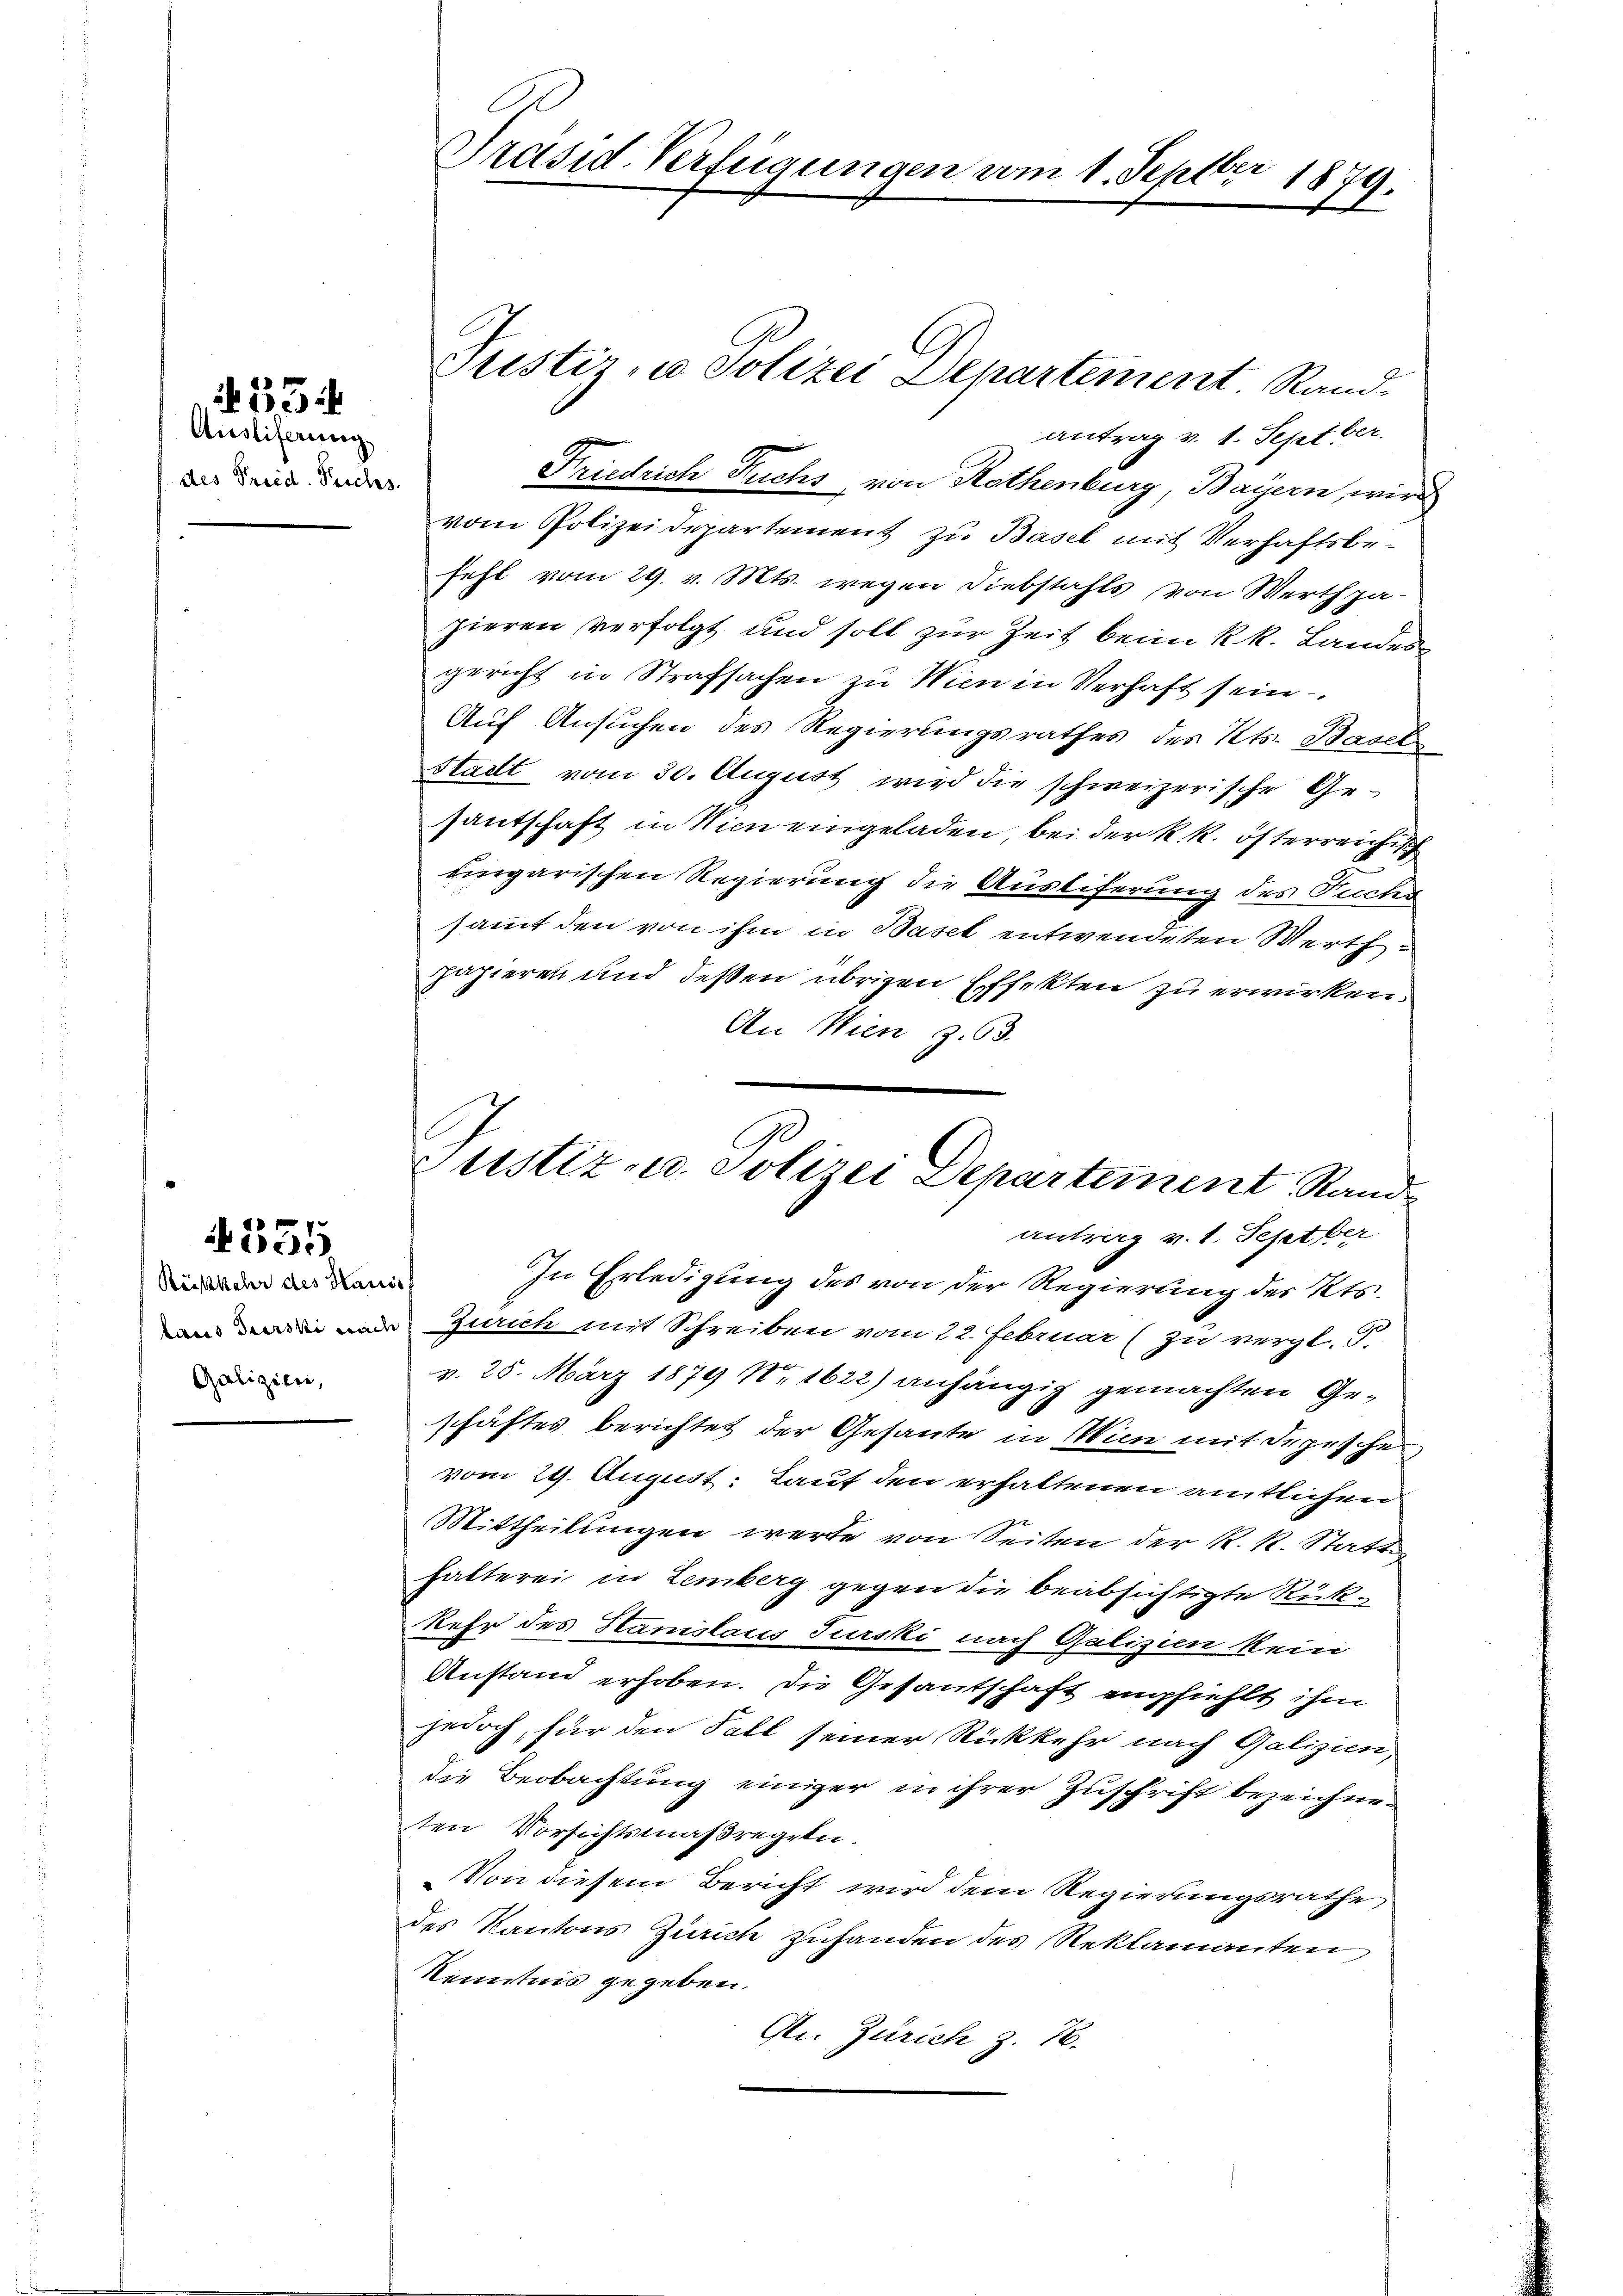
Ausliferung
des Freid. Fuchs.

N 33

Röiskehr des Hauss
Galizien,

4535.

Justiz, u. Polizei Departement. Randantrag v. 1. Septber.
Friedrich Fuchs von Rothenburg, Bayern, wird
vom Polizeidepartement zu Basel mit Verhaftsbefehl vom 29. v. Mts. wegen Diebstahls von Werthpa-
pieren verfolgt und soll zur Zeit beim k.k. Landen
gericht in Strafsachen zu Wien in Verhaft sein.
Auf Ansuchen des Regierungsrathes des Kts. Basel
Stadt vom 30. August wird die schweizerische Gesantschaft in Wien eingeladen, bei der k. k. österreichis
ungarischen Regierung die Austiferung des Fuchs
sammt den von ihm in Basel entwendeten Werthpapieren und deßen übrigen Effekten zu erwirken.
An Wien Z. 63.
In Erledigung des von der Regierung des Kts.
 a Zürich mit Schreiben vom 22. Februar (zu vergl. F.
v. 25. März 1879 Nr 1622) anhängig gemachten Geschäftes berichtet der Gesante in Wien mit depesche
vom 29. August: Lauf den erhaltenen amtlichen
Mittheilungen werde von Seiten der K. R. Statt
halterei in Lemberg gegen die beabsichtigte Rückkehr des Stanislates Jurski nach Galizien kein
Anstand erhoben. Die Gesantschaft empfiehlt ihm
jedoch, für den Fall seiner Rückkehr nach Galizien,
die Beobachtung einiger in ihrer Zuschrift bezeichneten Vorsichtsmaßregeln.
Von diesem Bericht wird dem Regierungsrathe
des Kantons Zürich zuhanden des Reklamanten
Kenntnis gegeben.
An Zürich z. 72.

n
Präsid-Verfügungen vom 1. Septbr 1879.

Justiz- u. Polizei Departement Rand
antrag v. 1. Sept der